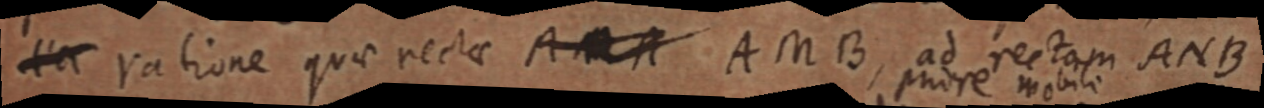
a ratione quae rectae A _ A A N B, ad rectam ANB